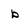
Character: b